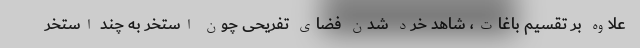
علاوه بر تقسیم باغات، شاهد خرد شدن فضای تفریحی چون استخر به چند استخر